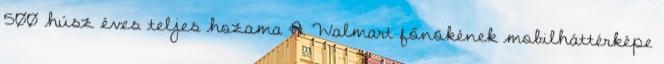
500 húsz éves teljes hozama A Walmart főnökének mobilháttérképe